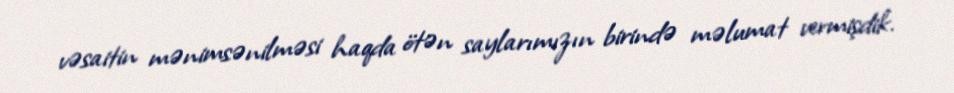
vəsaitin mənimsənilməsi haqda ötən saylarımızın birində məlumat vermişdik.